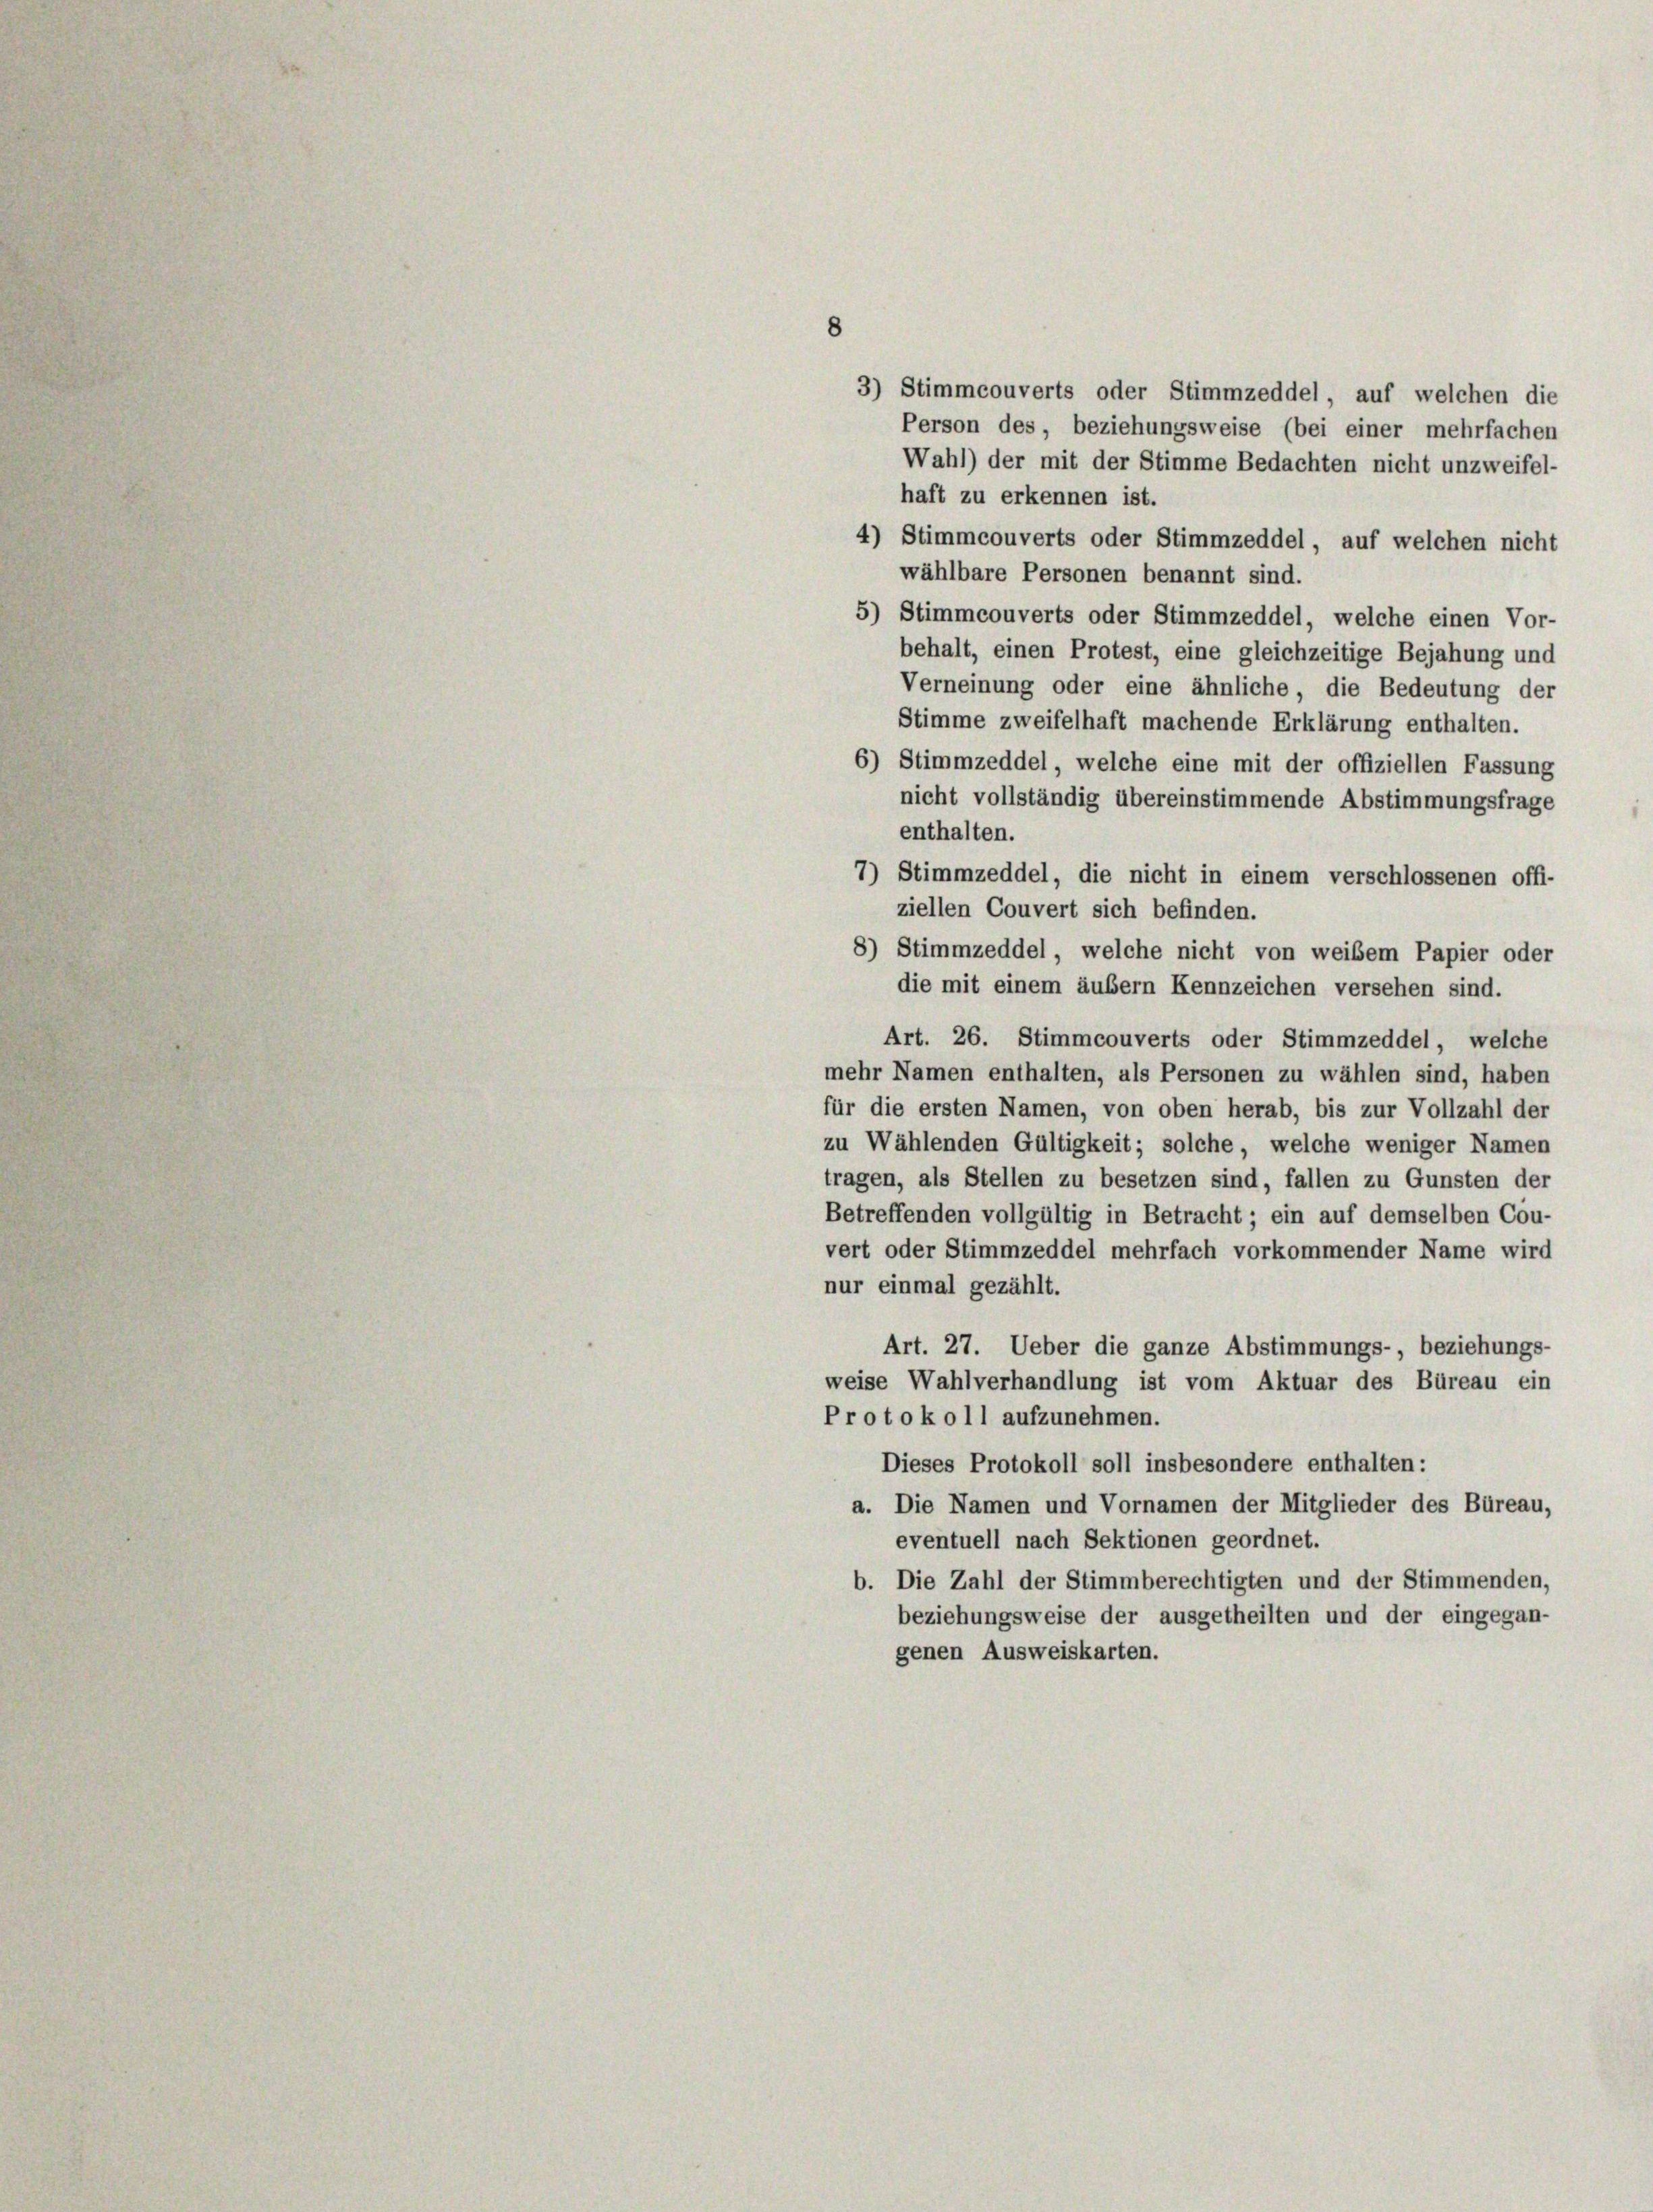
3) Stimmcouverts oder Stimmzeddel, auf welchen die
Person des, beziehungsweise (bei einer mehrfachen
Wahl) der mit der Stimme Bedachten nicht unzweifel-
haft zu erkennen ist.
4) Stimmcouverts oder Stimmzeddel, auf welchen nicht
wählbare Personen benannt sind.
5) Stimmcouverts oder Stimmzeddel, welche einen Vor-
behalt, einen Protest, eine gleichzeitige Bejahung und
Verneinung oder eine ähnliche, die Bedeutung der
Stimme zweifelhaft machende Erklärung enthalten.
6) Stimmzeddel, welche eine mit der offiziellen Fassung
nicht vollständig übereinstimmende Abstimmungsfrage
enthalten.
7) Stimmzeddel, die nicht in einem verschlossenen offi-
ziellen Couvert sich befinden.
8) Stimmzeddel, welche nicht von weibem Papier oder
die mit einem äußern Kennzeichen versehen sind.
Art. 26. Stimmcouverts oder Stimmzeddel, welche
mehr Namen enthalten, als Personen zu wählen sind, haben
für die ersten Namen, von oben herab, bis zur Vollzahl der
zu Wählenden Gültigkeit; solche, welche weniger Namen
tragen, als Stellen zu besetzen sind, fallen zu Gunsten der
Betreffenden vollgültig in Betracht; ein auf demselben Cou-
vert oder Stimmzeddel mehrfach vorkommender Name wird
nur einmal gezählt.
Art. 27. Ueber die ganze Abstimmungs-, beziehungs-
weise Wahlverhandlung ist vom Aktuar des Büreau ein
Protokoll aufzunehmen.
Dieses Protokoll soll insbesondere enthalten:
a. Die Namen und Vornamen der Mitglieder des Büreau,
eventuell nach Sektionen geordnet.
b. Die Zahl der Stimmberechtigten und der Stimmenden,
beziehungsweise der ausgetheilten und der eingegan-
genen Ausweiskarten.

8